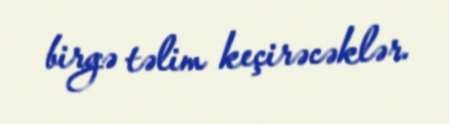
birgə təlim keçirəcəklər.